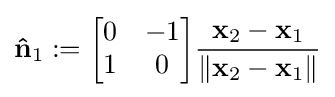
\mathbf {\hat {n}} _{1}:={\begin{bmatrix}0&-1\\1&0\end{bmatrix}}{\frac {\mathbf {x} _{2}-\mathbf {x} _{1}}{\|\mathbf {x} _{2}-\mathbf {x} _{1}\|}}